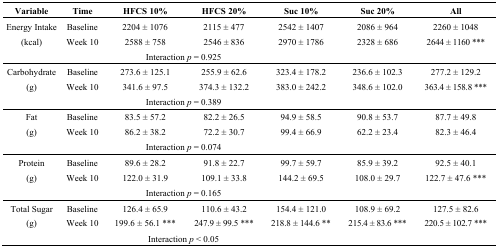
<table><thead><tr><td><b>Variable</b></td><td><b>Time</b></td><td><b>HFCS 10%</b></td><td><b>HFCS 20%</b></td><td><b>Suc 10%</b></td><td><b>Suc 20%</b></td><td><b>All</b></td></tr></thead><tbody><tr><td>Energy Intake</td><td>Baseline</td><td>2204 ± 1076</td><td>2115 ± 477</td><td>2542 ± 1407</td><td>2086 ± 964</td><td>2260 ± 1048</td></tr><tr><td>(kcal)</td><td>Week 10</td><td>2588 ± 758</td><td>2546 ± 836</td><td>2970 ± 1786</td><td>2328 ± 686</td><td>2644 ± 1160 ***</td></tr><tr><td></td><td></td><td colspan="2">Interaction <i>p</i> = 0.925</td><td></td><td></td><td></td></tr><tr><td>Carbohydrate</td><td>Baseline</td><td>273.6 ± 125.1</td><td>255.9 ± 62.6</td><td>323.4 ± 178.2</td><td>236.6 ± 102.3</td><td>277.2 ± 129.2</td></tr><tr><td>(g)</td><td>Week 10</td><td>341.6 ± 97.5</td><td>374.3 ± 132.2</td><td>383.0 ± 242.2</td><td>348.6 ± 102.0</td><td>363.4 ± 158.8 ***</td></tr><tr><td></td><td></td><td colspan="2">Interaction <i>p</i> = 0.389</td><td></td><td></td><td></td></tr><tr><td>Fat</td><td>Baseline</td><td>83.5 ± 57.2</td><td>82.2 ± 26.5</td><td>94.9 ± 58.5</td><td>90.8 ± 53.7</td><td>87.7 ± 49.8</td></tr><tr><td>(g)</td><td>Week 10</td><td>86.2 ± 38.2</td><td>72.2 ± 30.7</td><td>99.4 ± 66.9</td><td>62.2 ± 23.4</td><td>82.3 ± 46.4</td></tr><tr><td></td><td></td><td colspan="2">Interaction <i>p</i> = 0.074</td><td></td><td></td><td></td></tr><tr><td>Protein</td><td>Baseline</td><td>89.6 ± 28.2</td><td>91.8 ± 22.7</td><td>99.7 ± 59.7</td><td>85.9 ± 39.2</td><td>92.5 ± 40.1</td></tr><tr><td>(g)</td><td>Week 10</td><td>122.0 ± 31.9</td><td>109.1 ± 33.8</td><td>144.2 ± 69.5</td><td>108.0 ± 29.7</td><td>122.7 ± 47.6 ***</td></tr><tr><td></td><td></td><td colspan="2">Interaction <i>p</i> = 0.165</td><td></td><td></td><td></td></tr><tr><td>Total Sugar</td><td>Baseline</td><td>126.4 ± 65.9</td><td>110.6 ± 43.2</td><td>154.4 ± 121.0</td><td>108.9 ± 69.2</td><td>127.5 ± 82.6</td></tr><tr><td>(g)</td><td>Week 10</td><td>199.6 ± 56.1 ***</td><td>247.9 ± 99.5 ***</td><td>218.8 ± 144.6 **</td><td>215.4 ± 83.6 ***</td><td>220.5 ± 102.7 ***</td></tr><tr><td></td><td></td><td colspan="2">Interaction <i>p</i> &lt; 0.05</td><td></td><td></td><td></td></tr></tbody></table>